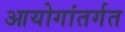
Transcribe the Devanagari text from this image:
आयोगांतर्गत